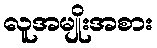
လူအမျိုးအစား